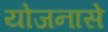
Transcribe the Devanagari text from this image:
योजनासे